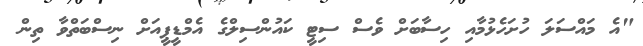
"އެ މައްސަލަ ހުށަހެޅުމާއި ހިސާބަށް ވެސް ސިޓީ ކައުންސިލްގެ އެމްޑީޕީއަށް ނިސްބަތްވާ ތިން